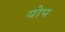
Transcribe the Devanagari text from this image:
योप